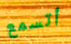
أتسمع